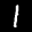
Label: 1